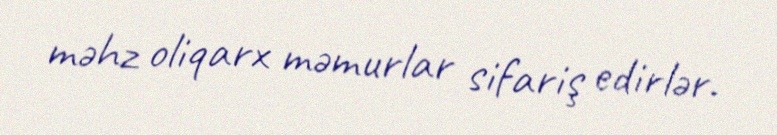
məhz oliqarx məmurlar sifariş edirlər.